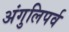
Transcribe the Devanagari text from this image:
अंगुलिपर्व